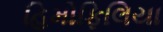
હિમોફિલિયા